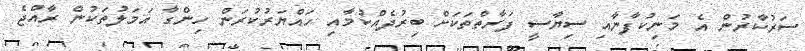
ސަރުކާރުން އެ މަނިކުފާނާއި ސިޔާސީ ފަރާތްތަކަށް ބިރުދެއްކުމާއި ހައްޔަރުކުރަން ހިންގާ އަމަލުތަކުން ރާއްޖެ